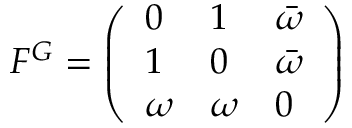
F ^ { G } = \left( \begin{array} { l l l } { 0 } & { 1 } & { \bar { \omega } } \\ { 1 } & { 0 } & { \bar { \omega } } \\ { \omega } & { \omega } & { 0 } \end{array} \right)